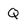
Character: Q